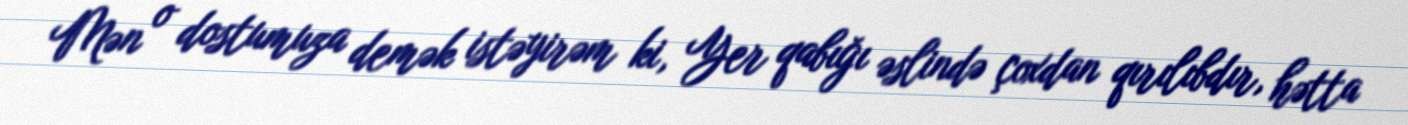
Mən o dostumuza demək istəyirəm ki, Yer qabığı əslində çoxdan qırılıbdır, hətta